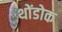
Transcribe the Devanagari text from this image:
थोंडोक